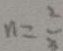
n = \frac { 2 } { 3 }